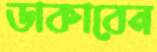
ডাকাবেন